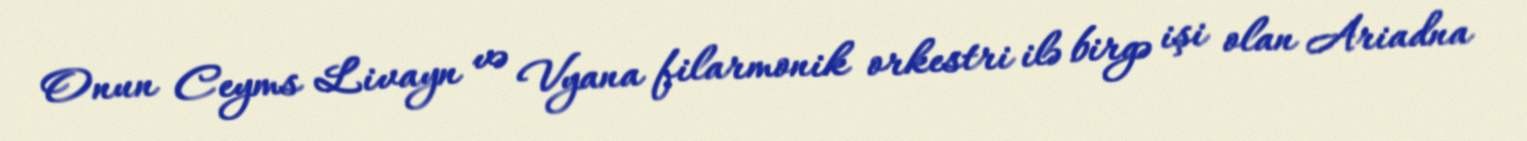
Onun Ceyms Livayn və Vyana filarmonik orkestri ilə birgə işi olan Ariadna